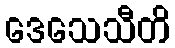
ဒေသေသီတိ